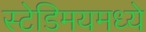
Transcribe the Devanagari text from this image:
स्टेडिमयमध्ये